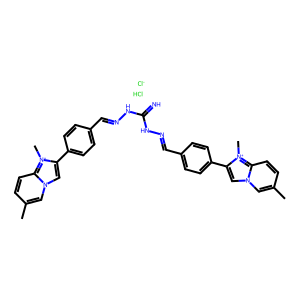
SMILES: Cc1ccc2n(c1)cc(-c1ccc(C=NNC(=N)NN=Cc3ccc(-c4cn5cc(C)ccc5[n+]4C)cc3)cc1)[n+]2C.Cl.[Cl-]
Inhibits HIV replication: Yes